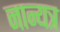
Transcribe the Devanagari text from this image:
नान्यत्र